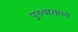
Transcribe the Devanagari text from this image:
पुरुषासाध्य